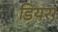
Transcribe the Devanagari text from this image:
डियरा